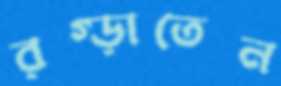
রগ্‌ড়াতেন